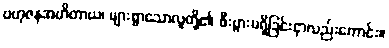
ဗဟုဇနအဟိတာယ၊ များစွာသောလူတို့၏ စီးပွားမရှိခြင်းငှာလည်းကောင်း။